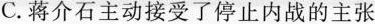
C.蒋介石主动接受了停止内战的主张